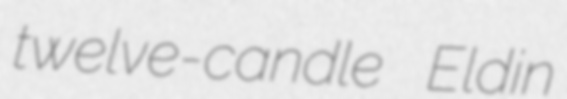
twelve-candle Eldin